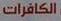
الكافرات